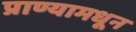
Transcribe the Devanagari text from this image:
प्राण्यामधून